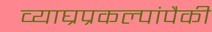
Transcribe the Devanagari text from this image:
व्याघ्रप्रकल्पांपैकी